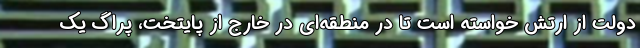
دولت از ارتش خواسته است تا در منطقه‌ای در خارج از پایتخت، پراگ یک